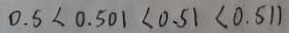
0 . 5 < 0 . 5 0 1 < 0 . 5 1 < 0 . 5 1 1